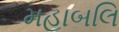
મહાબલિ